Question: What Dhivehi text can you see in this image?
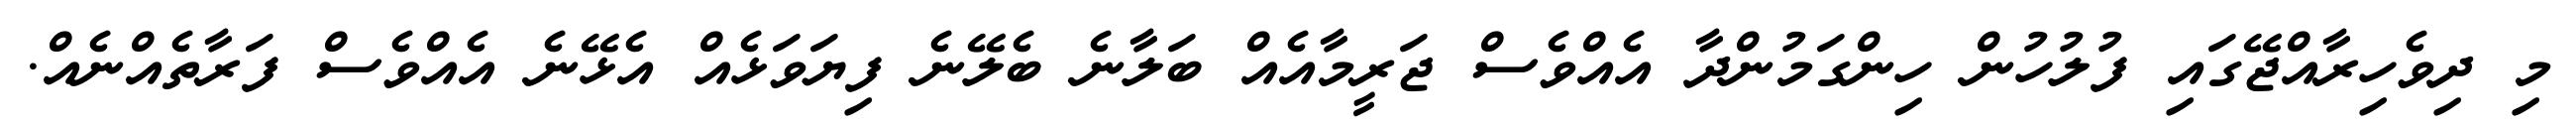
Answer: މި ދިވެހިރާއްޖޭގައި ފުލުހުން ހިންގަމުންދާ އެއްވެސް ޖަރީމާއެއް ބަލާނެ ބެލޭނެ ފިޔަވަޅެއް އެޅޭނެ އެއްވެސް ފަރާތެއްނެއް.